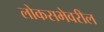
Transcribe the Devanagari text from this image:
लोकसभेवरील